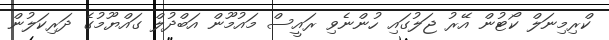
ކްރިމިނަލް ކޯޓުން އޭރު ޖަލުގައި ހުންނެވި ރައީސް މައުމޫން އަބްދުލް ގައްޔޫމުގެ ދަރިކަލުން